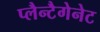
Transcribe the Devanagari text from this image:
प्लैन्टैगेनेट